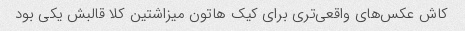
کاش عکس‌های واقعی‌تری برای کیک هاتون میزاشتین کلا قالبش یکی بود